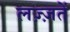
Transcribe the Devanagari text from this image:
लज़्ज़तें